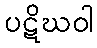
ပဋိဃဝါ